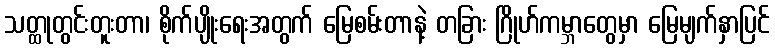
သတ္ထုတွင်းတူးတာ၊ စိုက်ပျိုးရေးအတွက် မြေစမ်းတာနဲ့ တခြား ဂြိုဟ်ကမ္ဘာတွေမှာ မြေမျက်နှာပြင်